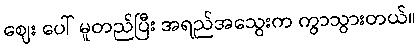
ဈေး ပေါ် မူတည်ပြီး အရည်အသွေးက ကွာသွားတယ်။